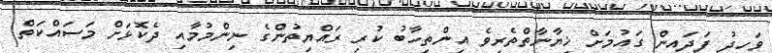
ވަހީދު ފަދައިން ގައުމަށް ޚިޔާނާތްތެރިވެ އިންތިހާބު ކުރި ރައްޔިތުންގެ ނިންމުމާއި ދެކޮޅަށް މަސައްކަތް